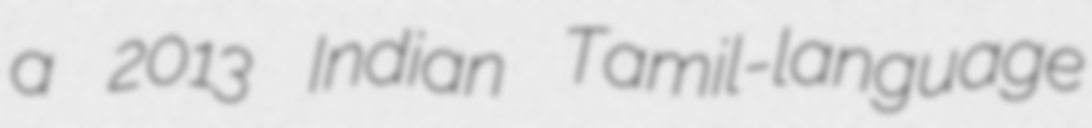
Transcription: a 2013 Indian Tamil-language